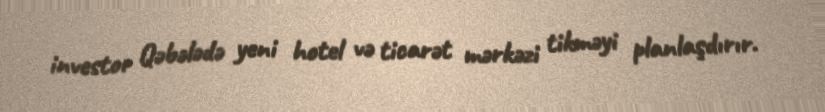
investor Qəbələdə yeni hotel və ticarət mərkəzi tikməyi planlaşdırır.